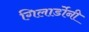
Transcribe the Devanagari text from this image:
गिलार्डोनी